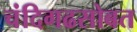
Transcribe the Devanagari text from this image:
चंदिगढसोबत